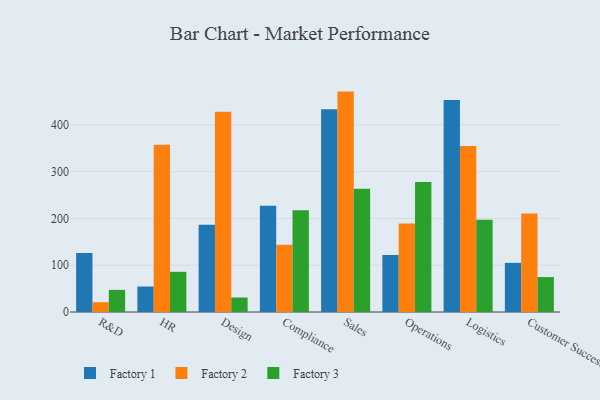
{"axis": {"x": "Department", "y": "Net Income (USD K)"}, "legend": ["Factory 1", "Factory 2", "Factory 3"], "data": [{"x": "R&D", "y": 126.2, "type": "Factory 1"}, {"x": "R&D", "y": 20.9, "type": "Factory 2"}, {"x": "R&D", "y": 47.3, "type": "Factory 3"}, {"x": "HR", "y": 54.5, "type": "Factory 1"}, {"x": "HR", "y": 357.7, "type": "Factory 2"}, {"x": "HR", "y": 85.9, "type": "Factory 3"}, {"x": "Design", "y": 186.7, "type": "Factory 1"}, {"x": "Design", "y": 428.0, "type": "Factory 2"}, {"x": "Design", "y": 31.0, "type": "Factory 3"}, {"x": "Compliance", "y": 227.4, "type": "Factory 1"}, {"x": "Compliance", "y": 143.7, "type": "Factory 2"}, {"x": "Compliance", "y": 217.7, "type": "Factory 3"}, {"x": "Sales", "y": 433.6, "type": "Factory 1"}, {"x": "Sales", "y": 471.3, "type": "Factory 2"}, {"x": "Sales", "y": 263.6, "type": "Factory 3"}, {"x": "Operations", "y": 121.8, "type": "Factory 1"}, {"x": "Operations", "y": 189.3, "type": "Factory 2"}, {"x": "Operations", "y": 277.8, "type": "Factory 3"}, {"x": "Logistics", "y": 453.3, "type": "Factory 1"}, {"x": "Logistics", "y": 354.9, "type": "Factory 2"}, {"x": "Logistics", "y": 197.0, "type": "Factory 3"}, {"x": "Customer Success", "y": 105.1, "type": "Factory 1"}, {"x": "Customer Success", "y": 210.5, "type": "Factory 2"}, {"x": "Customer Success", "y": 74.7, "type": "Factory 3"}]}